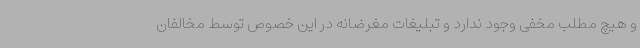
و هیچ مطلب مخفی وجود ندارد و تبلیغات مغرضانه در این خصوص توسط مخالفان